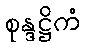
စုန္ဒဋ္ဌိကံ